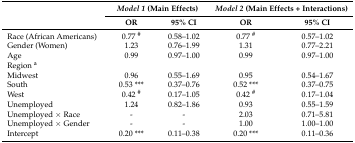
<table><thead><tr><td rowspan="2"></td><td colspan="2"><b><i>Model 1</i> (Main Effects)</b></td><td colspan="2"><b><i>Model 2</i> (Main Effects + Interactions)</b></td></tr><tr><td><b>OR</b></td><td><b>95% CI</b></td><td><b>OR</b></td><td><b>95% CI</b></td></tr></thead><tbody><tr><td>Race (African Americans)</td><td>0.77 <sup>#</sup></td><td>0.58–1.02</td><td>0.77 <sup>#</sup></td><td>0.57–1.02</td></tr><tr><td>Gender (Women)</td><td>1.23</td><td>0.76–1.99</td><td>1.31</td><td>0.77–2.21</td></tr><tr><td>Age</td><td>0.99</td><td>0.97–1.00</td><td>0.99</td><td>0.97–1.00</td></tr><tr><td>Region <sup>a</sup></td><td></td><td></td><td></td><td></td></tr><tr><td>Midwest</td><td>0.96</td><td>0.55–1.69</td><td>0.95</td><td>0.54–1.67</td></tr><tr><td>South</td><td>0.53 ***</td><td>0.37–0.76</td><td>0.52 ***</td><td>0.37–0.75</td></tr><tr><td>West</td><td>0.42 <sup>#</sup></td><td>0.17–1.05</td><td>0.42 <sup>#</sup></td><td>0.17–1.04</td></tr><tr><td>Unemployed</td><td>1.24</td><td>0.82–1.86</td><td>0.93</td><td>0.55–1.59</td></tr><tr><td>Unemployed × Race</td><td>-</td><td>-</td><td>2.03</td><td>0.71–5.81</td></tr><tr><td>Unemployed × Gender</td><td>-</td><td>-</td><td>1.00</td><td>1.00–1.00</td></tr><tr><td>Intercept</td><td>0.20 ***</td><td>0.11–0.38</td><td>0.20 ***</td><td>0.11–0.36</td></tr></tbody></table>